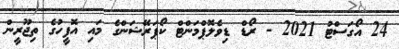
24 އޯގަސްޓު 2021 - ރޯޑް ޑިވެލޮޕްމަންޓް ކޯޕަރޭޝަންގެ މައި އޮފީހުގެ ތިޖޫރީން